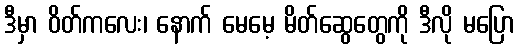
ဒီမှာ ဝိတ်ကလေး၊ နောက် မေမေ့ မိတ်ဆွေတွေကို ဒီလို မပြော